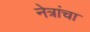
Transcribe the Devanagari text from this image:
नेत्रांचा